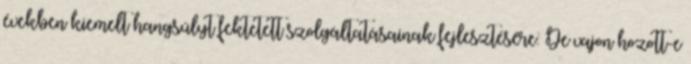
években kiemelt hangsúlyt fektetett szolgáltatásainak fejlesztésére. De vajon hozott-e